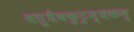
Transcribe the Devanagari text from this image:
वसुधैवकुटुम्बकम्